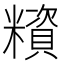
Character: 𥼻